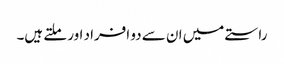
راستے میں ان سے دو افراد اور ملتے ہیں۔